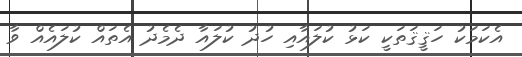
އެކަމަކު ހަޤީޤަތަކީ ކަޅު ކުލައާއި ހުދު ކުލައާ ދެމެދު އެތައް ކުލައެއް ވާ